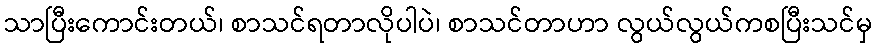
သာပြီးကောင်းတယ်၊ စာသင်ရတာလိုပါပဲ၊ စာသင်တာဟာ လွယ်လွယ်ကစပြီးသင်မှ